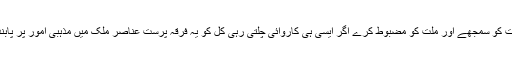
حالات کی نزاکت کو سمجھے اور ملت کو مضبوط کرے اگر ایسی ہی کاروائی چلتی رہی کل کو یہ فرقہ پرست عناصر ملک میں مذہبی امور پر پابندی لگا دے گے۔